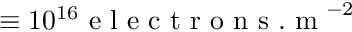
\equiv 1 0 ^ { 1 6 } \mathrm { ~ e ~ l ~ e ~ c ~ t ~ r ~ o ~ n ~ s ~ . ~ m ~ } ^ { - 2 }